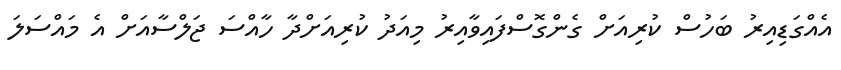
އެއްގަޑިއިރު ބަހުސް ކުރިއަށް ގެންގޮސްފައިވާއިރު މިއަދު ކުރިއަށްދާ ހާއްސަ ޖަލްސާއަށް އެ މައްސަލަ